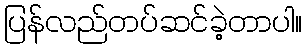
ပြန်လည်တပ်ဆင်ခဲ့တာပါ။